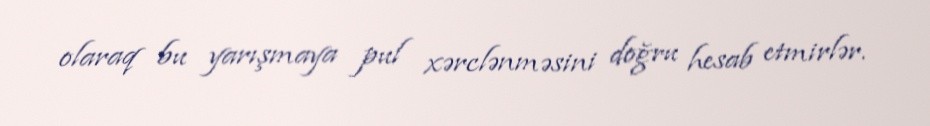
olaraq bu yarışmaya pul xərclənməsini doğru hesab etmirlər.